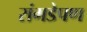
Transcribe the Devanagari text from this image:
रांगडेपण